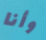
وأنا